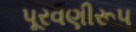
પૂરવણીરૂપ